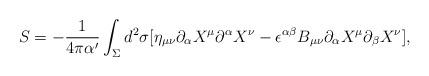
LaTeX: \begin{align*} S=-\frac{1}{4\pi \alpha '}\int _\Sigma d^2 \sigma [\eta _{\mu \nu }\partial _\alpha X^\mu \partial ^\alpha X^\nu - \epsilon ^{\alpha \beta } B_{\mu \nu }\partial _\alpha X^\mu \partial _\beta X^\nu ],\end{align*}